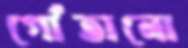
গোঁতানো